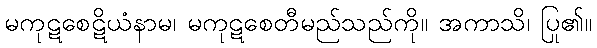
မကုဋစေဋိယံနာမ၊ မကုဋစေတီမည်သည်ကို။ အကာသိ၊ ပြု၏။